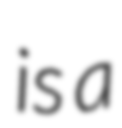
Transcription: is a